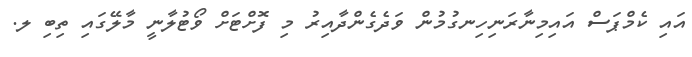
އައި ކެމްޕަސް އައިމިނާރަނިހިނގުމުން ވަދެގެންދާއިރު މި ފޮށްޓަށް ވޯޓުލާނީ މާލޭގައި ތިބި ލ.